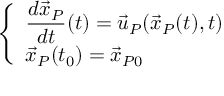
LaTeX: \left\{ \begin{array} { l l } { \displaystyle { \frac { d { \vec { x } } _ { P } } { d t } } ( t ) = { \vec { u } } _ { P } ( { \vec { x } } _ { P } ( t ) , t ) } \\ { { \vec { x } } _ { P } ( t _ { 0 } ) = { \vec { x } } _ { P 0 } } \end{array} \right.